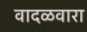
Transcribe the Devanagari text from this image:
वादळवारा